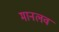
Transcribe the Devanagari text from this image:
मानलव